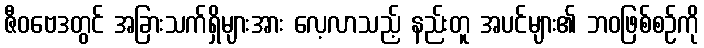
ဇီဝဗေဒတွင် အခြားသက်ရှိများအား လေ့လာသည့် နည်းတူ အပင်များ၏ ဘဝဖြစ်စဉ်ကို